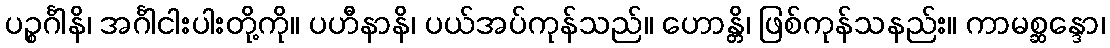
ပဉ္စင်္ဂါနိ၊ အင်္ဂါငါးပါးတို့ကို။ ပဟီနာနိ၊ ပယ်အပ်ကုန်သည်။ ဟောန္တိ၊ ဖြစ်ကုန်သနည်း။ ကာမစ္ဆန္ဒော၊